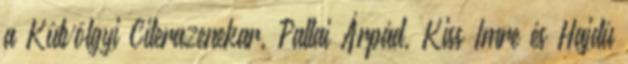
a Kútvölgyi Citerazenekar, Pallai Árpád, Kiss Imre és Hajdú